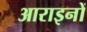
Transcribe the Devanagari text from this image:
आराइनों